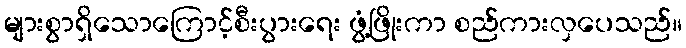
များစွာရှိသောကြောင့်စီးပွားရေး ဖွံ့ဖြိုးကာ စည်ကားလှပေသည်။